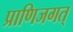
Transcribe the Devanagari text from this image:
प्राणिजगत्